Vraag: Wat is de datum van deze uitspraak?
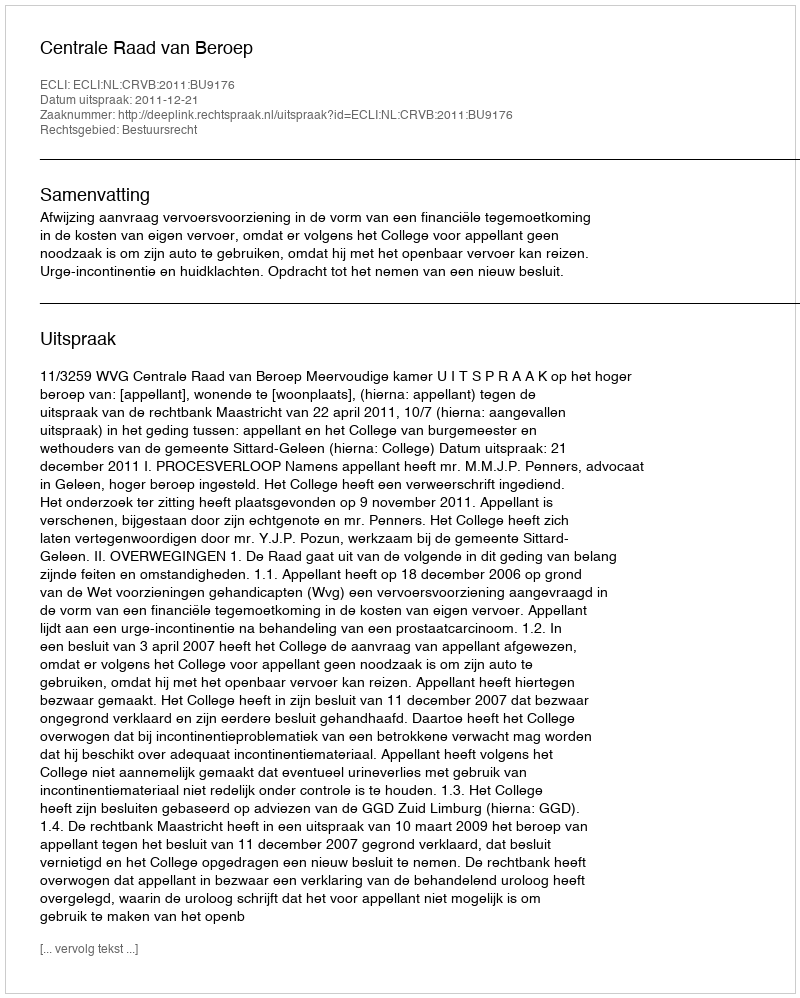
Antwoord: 2011-12-21